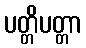
ပတ္တိပတ္တာ